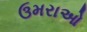
ઉમરાઓ